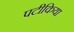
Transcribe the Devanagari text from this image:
पटीकिया